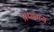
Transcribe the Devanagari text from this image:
प्रणमय